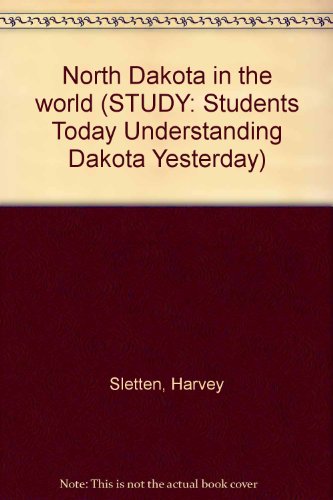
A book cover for North Dakota in the world (STUDY: Students Today Understanding Dakota Yesterday); Harvey Sletten; Travel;